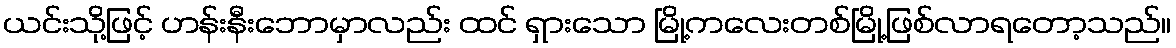
ယင်းသို့ဖြင့် ဟန်းနီးဘောမှာလည်း ထင် ရှားသော မြို့ကလေးတစ်မြို့ဖြစ်လာရတော့သည်။